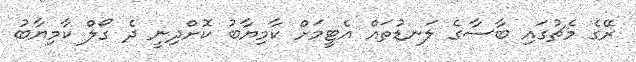
ރޭގެ މެޗުގައި ބާސާގެ ލަނޑުތައް އެޓީމަށް ކާމިޔާބު ކޮށްދިނީ ދެ ގޯލް ކާމިޔާބު